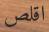
اقلص